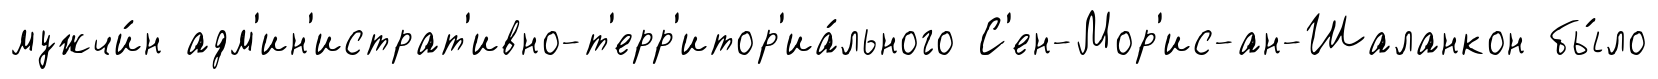
мужчи́н адм'ин'истрат'ивно-т'ерр'итор'иа́льного С'ен-Мор'ис-ан-Шаланкон бы́ло